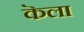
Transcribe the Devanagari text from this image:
कॆला